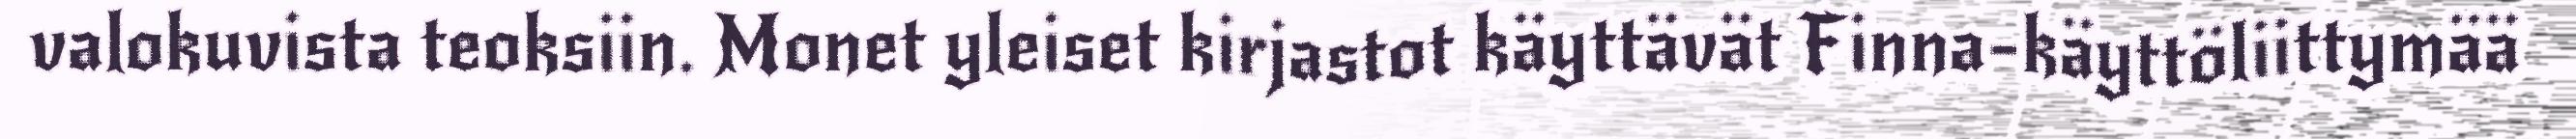
valokuvista teoksiin. Monet yleiset kirjastot käyttävät Finna-käyttöliittymää